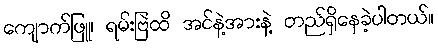
ကျောက်ဖြူ၊ ရမ်းဗြဲထိ အင်နဲ့အားနဲ့ တည်ရှိနေခဲ့ပါတယ်။